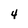
Character: 4